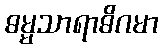
ဓမ္မသာရာဓိဂမာ